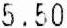
5.50